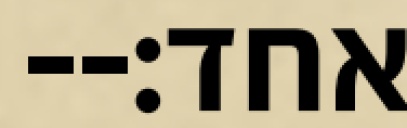
אחד׃--